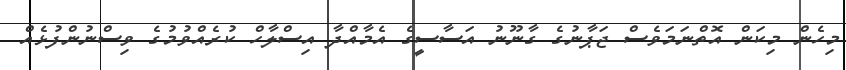
މިހެން މިކަން އޮތްނަމަވެސް ޖަޕާނުގެ ގާނޫނު އަސާސީގެ އެމާއްދާ އިސްލާހް ކުރެއްވުމުގެ ވިސްނުންފުޅެއް